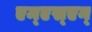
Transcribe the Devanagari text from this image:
एम्‌एस्‌एन्‌